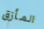
المأزق